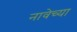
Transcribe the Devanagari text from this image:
नावेच्या